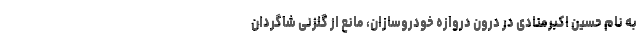
به نام حسین اکبرمنادی در درون دروازه خودروسازان، مانع از گلزنی شاگردان